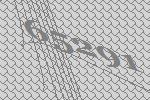
65291